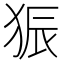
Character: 𪺼